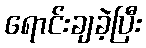
ရောင်းချခဲ့ပြီး